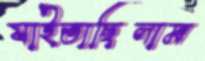
যাইতাছিলাম